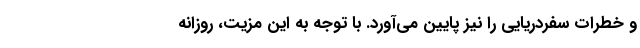
و خطرات سفردریایی را نیز پایین می‌آورد. با توجه به این مزیت، روزانه